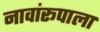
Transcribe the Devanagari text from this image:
नावांरूपाला